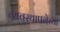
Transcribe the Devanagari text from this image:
व्यवस्थापनेच्या